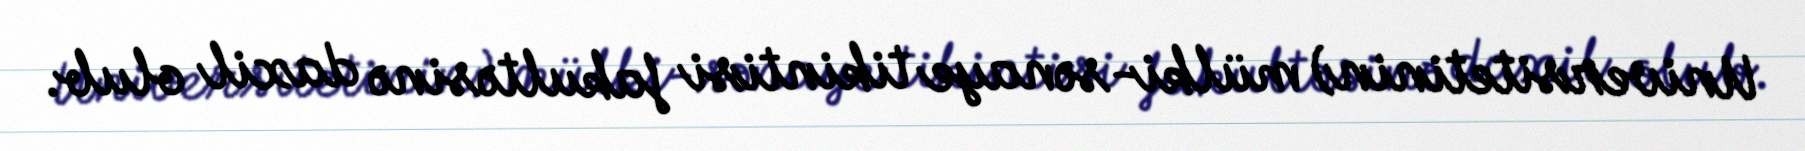
Universitetinin) mülki-sənaye tikintisi fakultəsinə daxil olub.